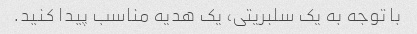
با توجه به یک سلبریتی، یک هدیه مناسب پیدا کنید.